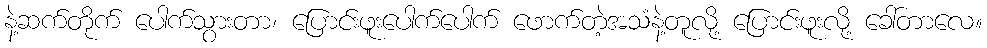
နဲ့ဆက်တိုက် ပေါက်သွားတာ၊ ပြောင်းဖူးပေါက်ပေါက် ဖောက်တဲ့အသံနဲ့တူလို့ ပြောင်းဖူးလို့ ခေါ်တာလေ။